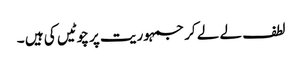
لطف لے لے کر جمہوریت پر چوٹیں کی ہیں ۔